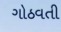
ગોઠવતી